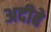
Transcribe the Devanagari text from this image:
अदीबे